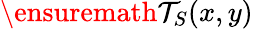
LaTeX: \ensuremath{\mathcal{T}}_{S}(x,y)